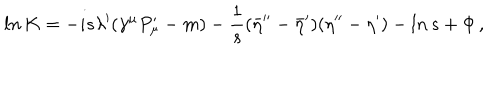
l n \, K = - i s \lambda ^ { \prime } ( \gamma ^ { \mu } P _ { \mu } ^ { \prime } - m ) - { \frac { 1 } { s } } ( { \bar { \eta } } ^ { \prime \prime } - { \bar { \eta } } ^ { \prime } ) ( \eta ^ { \prime \prime } - \eta ^ { \prime } ) - l n \, s + \Phi \, ,